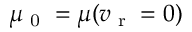
\mu _ { \scriptsize \textrm { 0 } } = \mu ( v _ { \scriptsize \textrm { r } } = 0 )